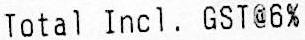
TOTAL INCL. GST@6%